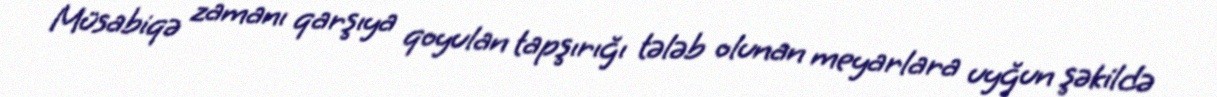
Müsabiqə zamanı qarşıya qoyulan tapşırığı tələb olunan meyarlara uyğun şəkildə